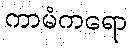
ကာမံကရော